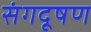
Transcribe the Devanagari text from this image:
संगदूषण